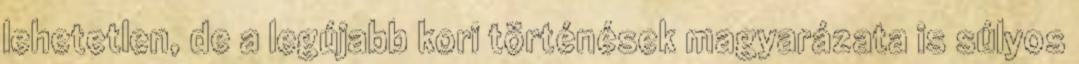
lehetetlen, de a legújabb kori történések magyarázata is sú­lyos